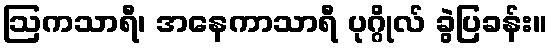
ဩကသာရီ၊ အနေကာသာရီ ပုဂ္ဂိုလ် ခွဲပြခန်း။